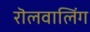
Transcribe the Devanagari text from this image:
रॊलवालिंग